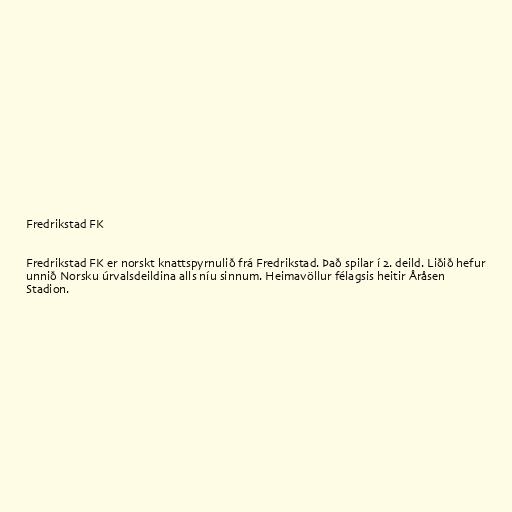
Fredrikstad FK

Fredrikstad FK er norskt knattspyrnulið frá Fredrikstad. Það spilar í 2. deild. Liðið hefur
unnið Norsku úrvalsdeildina alls níu sinnum. Heimavöllur félagsis heitir Åråsen
Stadion.